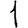
Digit: 1